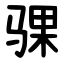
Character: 骒